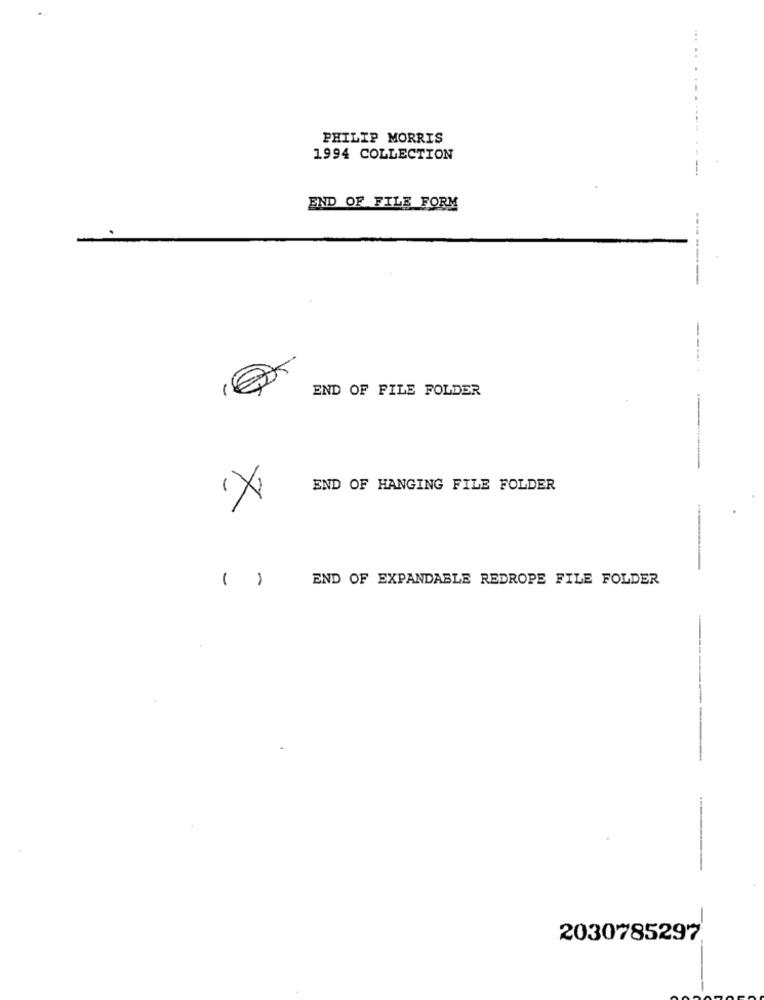
.....
- -
PHILIP MORRIS
1994 COLLECTION
-----
END OF FILE FORM
-------
END OF FILE FOLDER
END OF HANGING FILE FOLDER
()
END OF EXPANDABLE REDROPE FILE FOLDER
--
2030785297